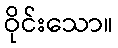
ဝိုင်းသော။